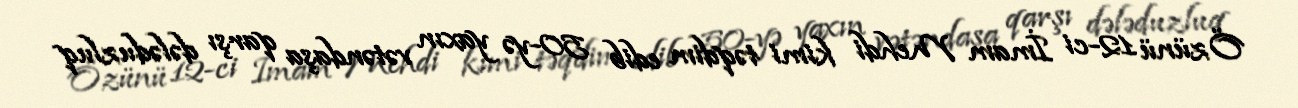
Özünü 12-ci İmam Mehdi kimi təqdim edib 50-yə yaxın vətəndaşa qarşı dələduzluq